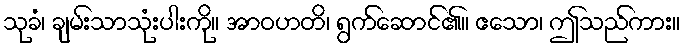
သုခံ၊ ချမ်းသာသုံးပါးကို။ အာဝဟတိ၊ ရွက်ဆောင်၏။ ဧသော၊ ဤသည်ကား။